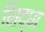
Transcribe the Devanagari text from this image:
शिद्धा